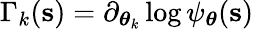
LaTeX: \Gamma_{k}(\mathbf{s})=\partial_{{\boldsymbol\theta}_{k}}\log\psi_{\boldsymbol\theta}(\mathbf{s})